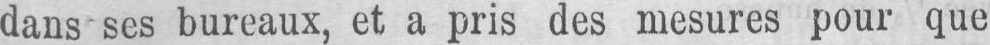
dans ses bureaux, et a pris des mesures pour que